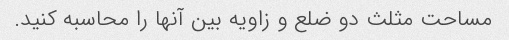
مساحت مثلث دو ضلع و زاویه بین آنها را محاسبه کنید.